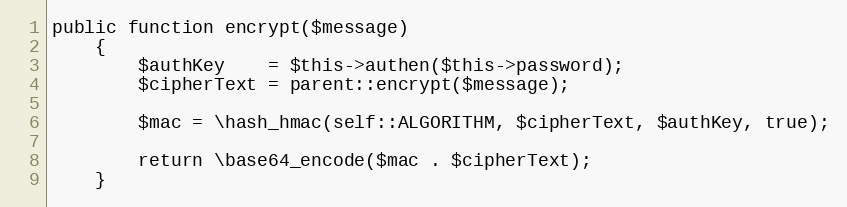
Language: PHP
public function encrypt($message)
    {
        $authKey    = $this->authen($this->password);
        $cipherText = parent::encrypt($message);

        $mac = \hash_hmac(self::ALGORITHM, $cipherText, $authKey, true);

        return \base64_encode($mac . $cipherText);
    }